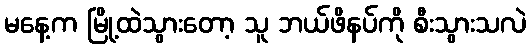
မနေ့က မြို့ထဲသွားတော့ သူ ဘယ်ဖိနပ်ကို စီးသွားသလဲ